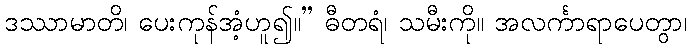
ဒဿာမာတိ၊ ပေးကုန်အံ့ဟူ၍။” ဓီတရံ၊ သမီးကို။ အလင်္ကာရာပေတွာ၊